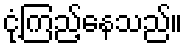
ငုံ့ကြည့်နေသည်။